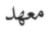
معهد